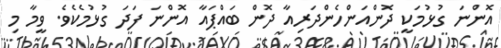
އޮންނަ ގުޅުމަކީ ދޮންއަންހެންދަރިއާ ދޮން ބައްޕައާ އޮންނަ ފަދަ ގުޅުމެކެވެ. ވީމާ މި